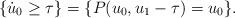
LaTeX: \begin{align*}\{\dot u_0\geq \tau\}=\{P(u_0, u_1-\tau)=u_0\}. \end{align*}